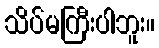
သိပ်မကြီးပါဘူး။